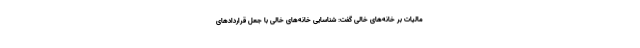
مالیات بر خانه‌های خالی گفت: شناسایی خانه‌های خالی با جعل قراردادهای